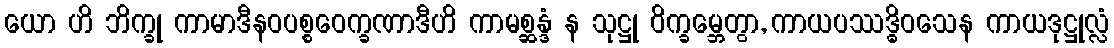
ယော ဟိ ဘိက္ခု ကာမာဒီနဝပစ္စဝေက္ခဏာဒီဟိ ကာမစ္ဆန္ဒံ န သုဋ္ဌု ဝိက္ခမ္ဘေတွာ, ကာယပဿဒ္ဓိဝသေန ကာယဒုဋ္ဌုလ္လံ